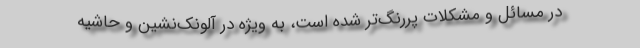
در مسائل و مشكلات پررنگ‌تر شده است، به ويژه در آلونك‌نشين و حاشيه